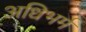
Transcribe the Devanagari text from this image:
अधिभर्म